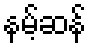
နမ့်ဆန်